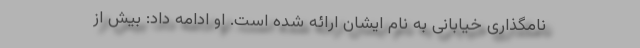
نامگذاری خیابانی به نام ایشان ارائه شده است. او ادامه داد: بیش از